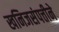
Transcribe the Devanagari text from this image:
खनिजसंपत्तीने